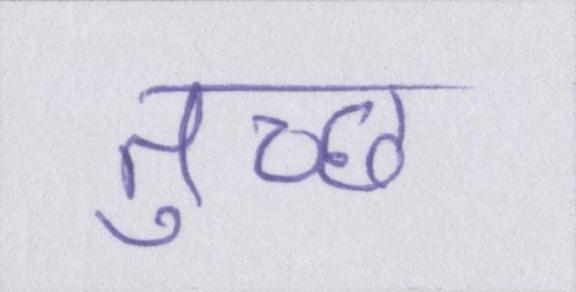
तुच्छ